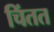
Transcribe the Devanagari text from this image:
चिंतत